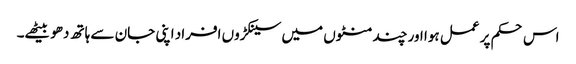
اس حکم پر عمل ہوا اور چند منٹوں میں سینکڑوں افراد اپنی جان سے ہاتھ دھو بیٹھے۔